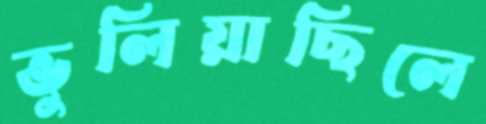
ভুলিয়াছিলে